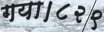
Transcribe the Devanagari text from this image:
गया।८२९